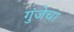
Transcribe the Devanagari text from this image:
गुंजेचा